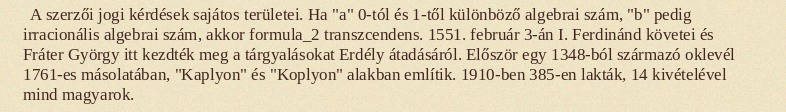
A szerzői jogi kérdések sajátos területei. Ha "a" 0-tól és 1-től különböző algebrai szám, "b" pedig irracionális algebrai szám, akkor formula_2 transzcendens. 1551. február 3-án I. Ferdinánd követei és Fráter György itt kezdték meg a tárgyalásokat Erdély átadásáról. Először egy 1348-ból származó oklevél 1761-es másolatában, "Kaplyon" és "Koplyon" alakban említik. 1910-ben 385-en lakták, 14 kivételével mind magyarok.